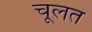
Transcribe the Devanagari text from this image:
चूलत